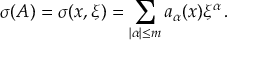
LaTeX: \sigma ( A ) = \sigma ( x , \xi ) = \sum _ { | \alpha | \leq m } a _ { \alpha } ( x ) { \xi } ^ { \alpha } \, .